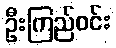
ဦးကြည်ဝင်း